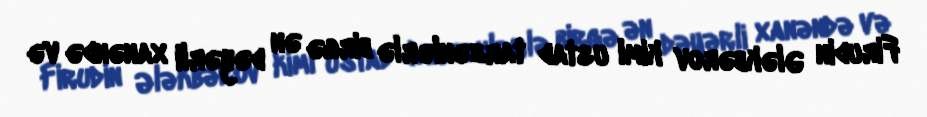
Firudin Ələkbərov kimi ustad tarzənlərlə birgə ən dəyərli xanəndə və